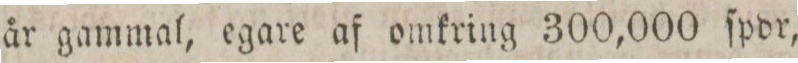
år gammal, egare af omkring 300,000 ſpdr,